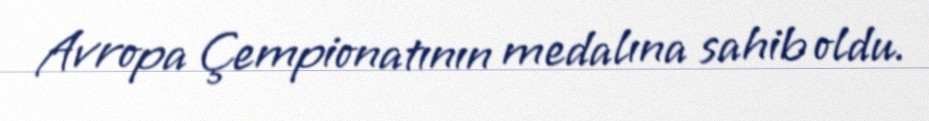
Avropa Çempionatının medalına sahib oldu.